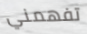
تفهمني